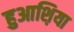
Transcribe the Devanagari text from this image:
हुआश़िया